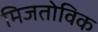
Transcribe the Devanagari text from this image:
मिजतोविक